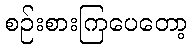
စဉ်းစားကြပေတော့